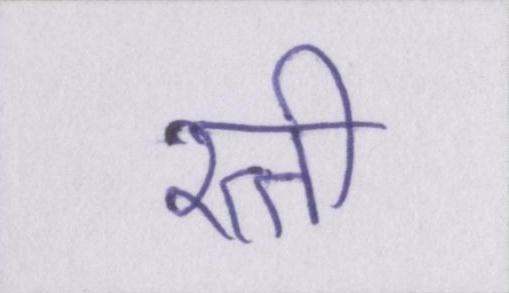
रत्ती